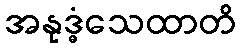
အနုဒ္ဓံသေထာတိ